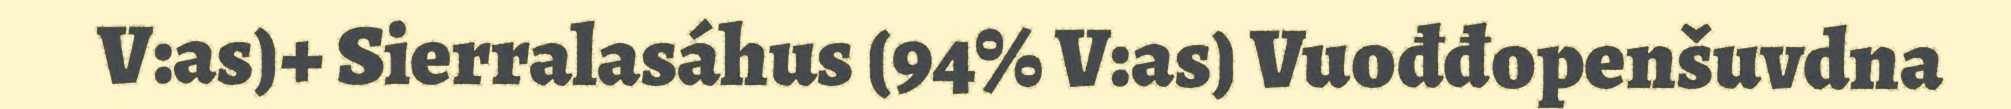
V:as)+ Sierralasáhus (94% V:as) Vuođđopenšuvdna